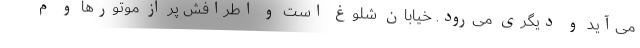
می‌آید و دیگری می‌رود. خیابان شلوغ است و اطرافش پر از موتورها و م